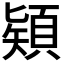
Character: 𩓙